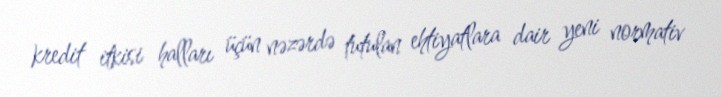
kredit itkisi halları üçün nəzərdə tutulan ehtiyatlara dair yeni normativ